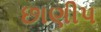
છાણીપ